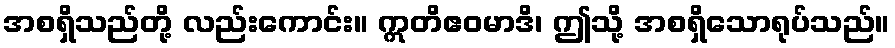
အစရှိသည်တို့ လည်းကောင်း။ ဣတိဧဝမာဒိ၊ ဤသို့ အစရှိသောရုပ်သည်။